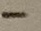
Text: -